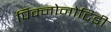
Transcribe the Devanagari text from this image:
पिक्नोनोटिडी